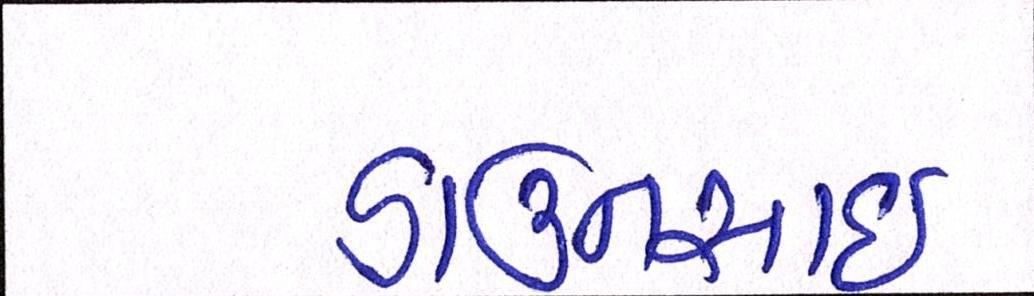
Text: ડાઉનસાઇ